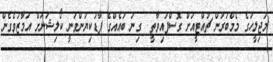
މަޖިލީހުގެ މެމްބަރުން ޗުއްޓީއަށް ގޮސްފައިވާތީ  ގިނަ ބައެއްގެ ފާޑުކިޔުންވަނީ ކޯލިޝަނަށް އަމާޒުވެގެން